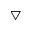
\scriptstyle \bigtriangledown